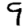
Digit: 9